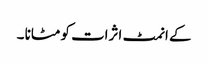
کے انمٹ اثرات کو مٹانا ۔